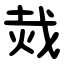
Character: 烖